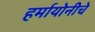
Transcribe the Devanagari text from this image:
हर्मायोनीचे